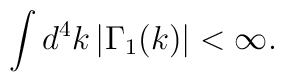
\int d^{4}k \left| \Gamma_{1}(k) \right| < \infty .